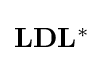
{\textstyle \mathbf {L} \mathbf {D} \mathbf {L} ^{*}}